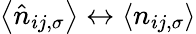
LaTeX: \left\langle\hat{n}_{ij,\sigma}\right\rangle\leftrightarrow\langle n_{ij,\sigma}\rangle